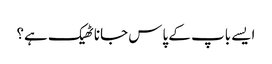
ایسے باپ کے پاس جانا ٹھیک ہے؟